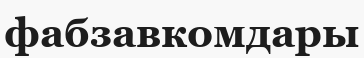
фабзавкомдары